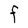
Character: F